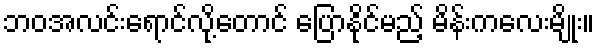
ဘဝအလင်းရောင်လို့တောင် ပြောနိုင်မည့် မိန်းကလေးမျိုး။